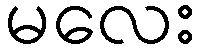
မလေး